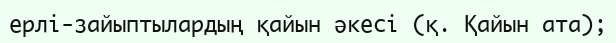
ерлі-зайыптылардың қайын әкесі (қ. Қайын ата);